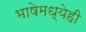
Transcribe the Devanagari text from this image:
भाषेमध्येही